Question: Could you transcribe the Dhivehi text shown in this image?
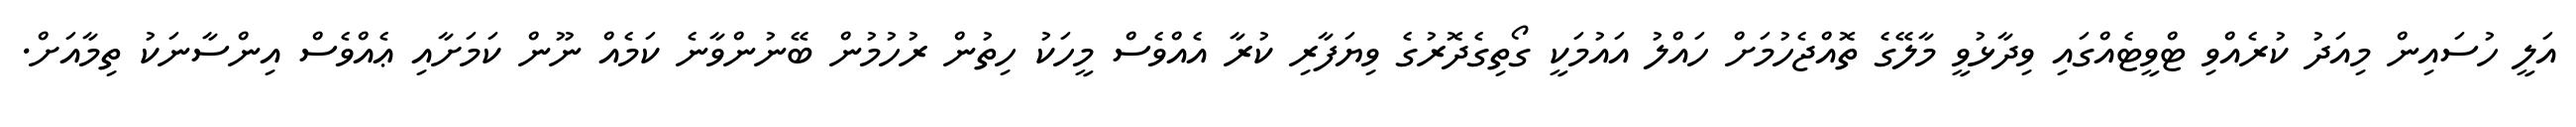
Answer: އަލީ ހުސައިން މިއަދު ކުރެއްވި ޓްވީޓެއްގައި ވިދާޅުވީ މާލޭގެ ތޮއްޖެހުމަށް ހައްލު އައުމަކީ ގޯތިގެދޮރުގެ ވިޔަފާރި ކުރާ އެއްވެސް މީހަކު ހިތުން ރުހުމުން ބޭނުންވާނެ ކަމެއް ނޫން ކަމަށާއި ޢެއްވެސް އިންސާނަކު ތިމާއަށް.